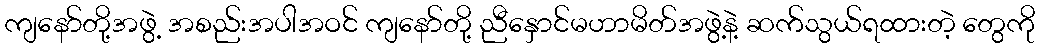
ကျနော်တို့အဖွဲ့ အစည်းအပါအဝင် ကျနော်တို့ ညီနှောင်မဟာမိတ်အဖွဲ့နဲ့ ဆက်သွယ်ရထားတဲ့ တွေကို